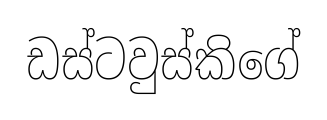
ඩස්ටවුස්කිගේ